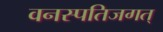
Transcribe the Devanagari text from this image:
वनस्पतिजगत्